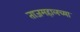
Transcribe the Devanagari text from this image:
ताजमहालच्या